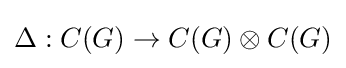
\Delta :C(G)\to C(G)\otimes C(G)